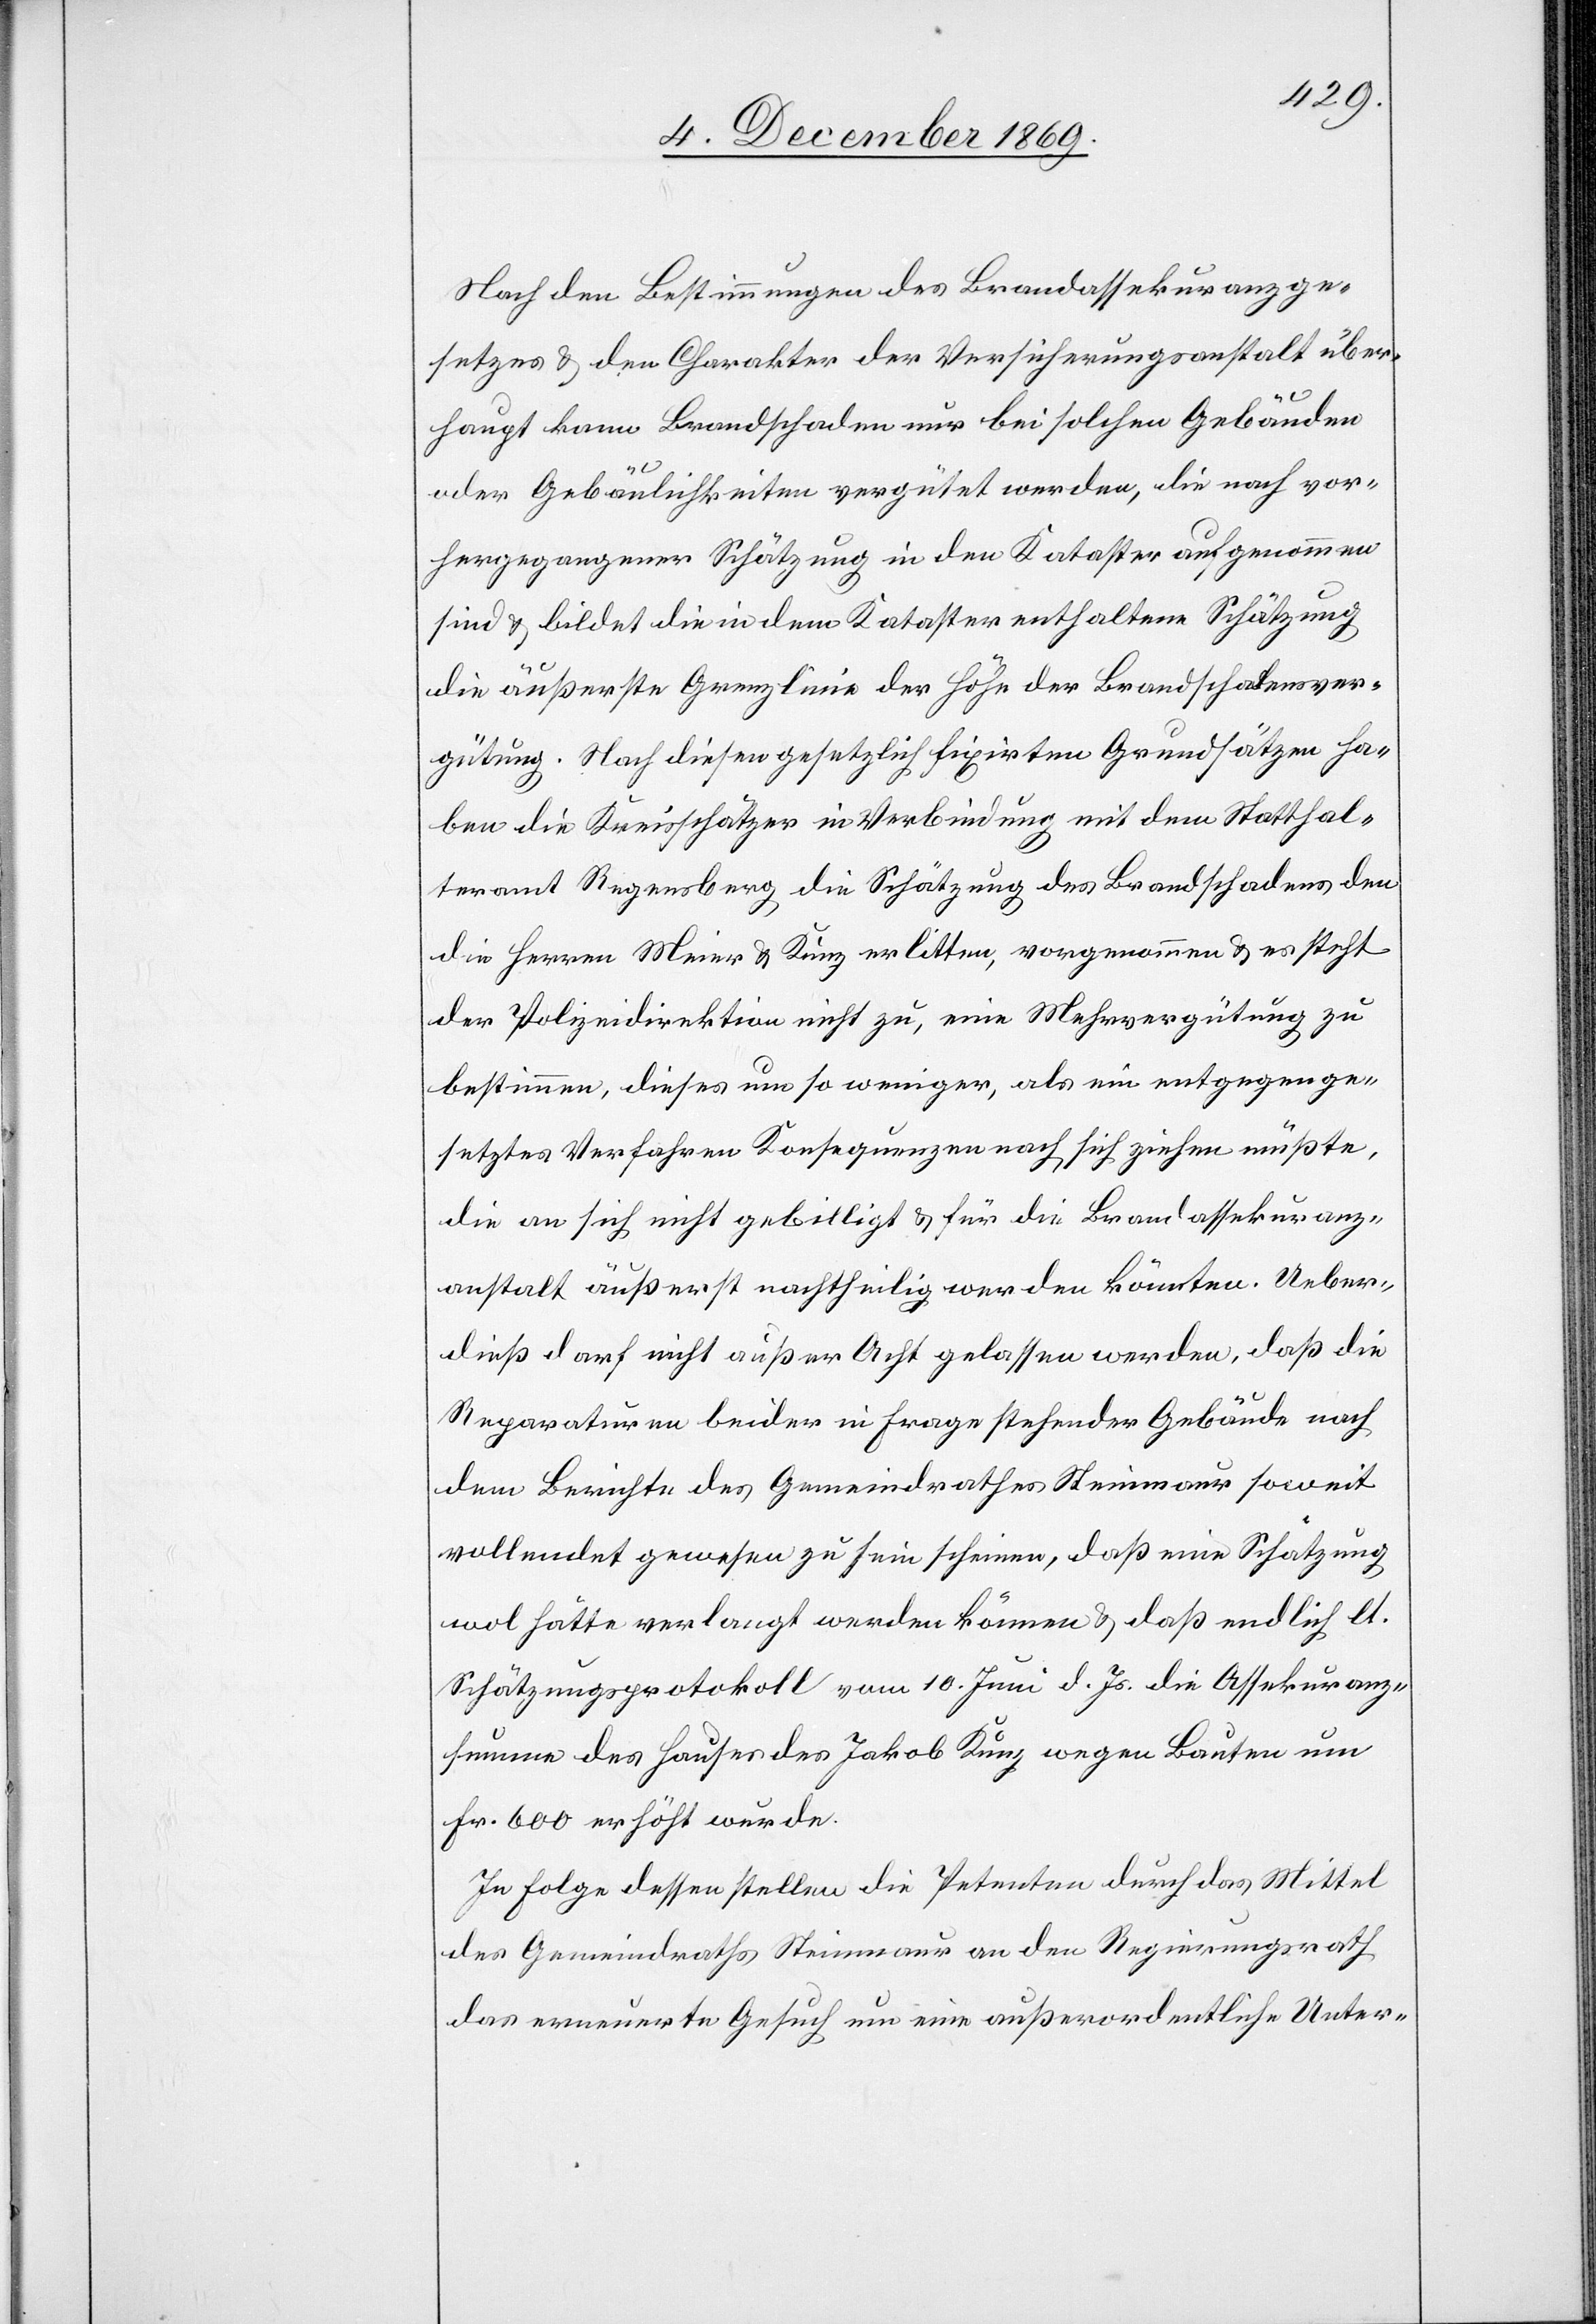
Nach den Bestimmungen des Brandassekuranzge¬
setzes & den Charakter der Versicherungsanstalt über¬
haupt kann Brandschaden nur bei solchen Gebäuden
oder Gebäulichkeiten vergütet werden, die nach vor¬
hergegangener Schätzung in den Kataster aufgenommen
sind & bildet die in dem Kataster enthaltene Schätzung
die äußerste Grenzlinie der Höhe der Brandschadensver¬
gütung. Nach diesen gesetzlich fixirten Grundsätzen ha¬
ben die Kreisschätzer in Verbindung mit dem Statthal¬
teramt Regensberg die Schätzung des Brandschadens den
die Herren Meier & Kunz erlitten, vorgenommen & es steht
der Polizeidirektion nicht zu, eine Mehrvergütung zu
bestimmen, dieses um so weniger, als ein entgegenge¬
setztes Verfahren Konsequenzen nach sich ziehen müßte,
die an sich nicht gebilligt & für die Brandassekuranz¬
anstalt äußerst nachtheilig werden könnten. Ueber¬
dieß darf nicht außer Acht gelassen werden, daß die
Reparaturen beider in Frage stehender Gebäude nach
dem Berichte des Gemeindrathes Steinmaur soweit
vollendet gewesen zu sein scheinen, daß eine Schätzung
wol hätte verlangt werden können & daß endlich lt.
Schätzungsprotokoll vom 10. Juni d. Js. die Assekuranz¬
summe des Hauses des Jakob Kunz wegen Bauten um
Fr. 600 erhöht wurde.
In Folge dessen stellen die Petenten durch das Mittel
des Gemeindraths Steinmaur an den Regierungsrath
das erneuerte Gesuch um eine außerordentliche Unter-